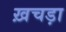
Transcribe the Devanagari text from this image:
ख़चड़ा